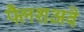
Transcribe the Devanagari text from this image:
फ्लैशअवे